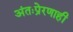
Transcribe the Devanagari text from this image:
अंतःप्रेरणाही